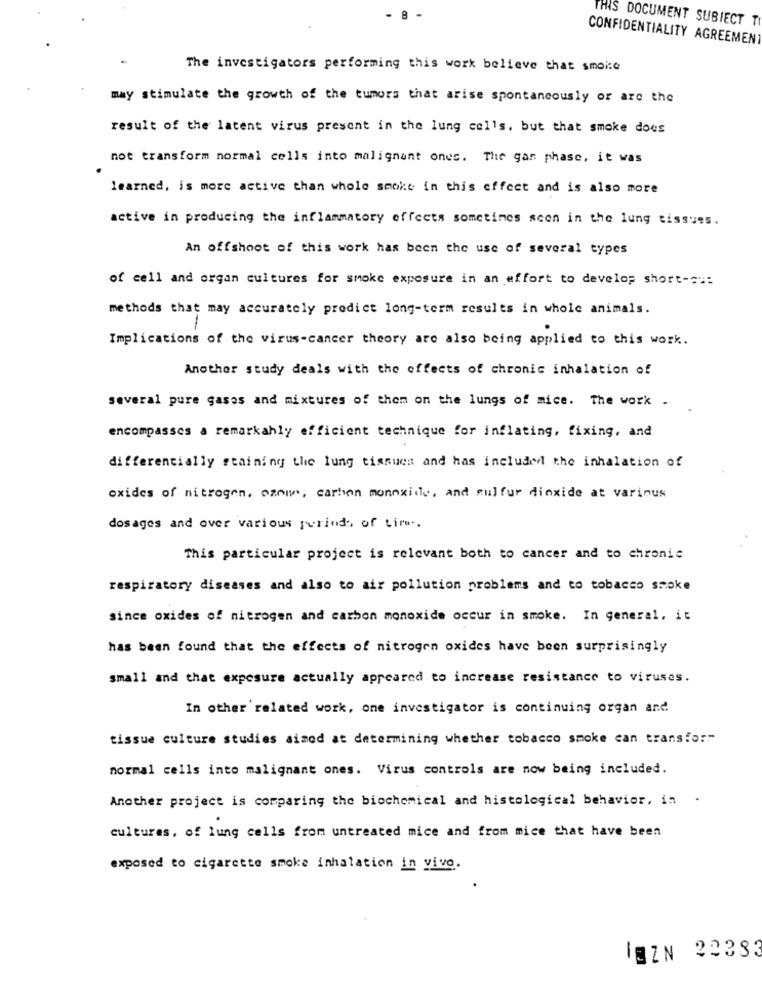
- 8 -
THIS DOCUMENT SUBIECT TI
CONFIDENTIALITY AGREEMENT
The investigators performing this work believe that smoi:e
may stimulate the growth of the tumors that arise spontaneously or are the
result of the latent virus present in the lung cells, but that smoke does
not transform normal cells into malignant ones. The gan phase, it was
learned, is more active than whole smoke in this effect and is also more
active in producing the inflammatory effects sometimes scon in the lung tissues.
An offshoot of this work has been the use of several types
of cell and organ cultures for smoke exposure in an effort to develop short-c .:
methods that may accurately predict long-term results in whole animals.
Implications of the virus-cancer theory are also being applied to this work.
Another study deals with the effects of chronic inhalation of
several pure gases and mixtures of them on the lungs of mice. The work .
encompasses a remarkably efficient technique for inflating, fixing, and
differentially staining the lung tissues and has included the inhalation of
oxides of nitrogen, ozni, carbon monoxide, and sulfur dioxide at various
dosages and over various perinds, of tir ..
This particular project is relevant both to cancer and to chronie
respiratory diseases and also to air pollution problems and to tobacco smoke
since oxides of nitrogen and carbon monoxide occur in smoke. In general, it
has been found that the effects of nitrogen oxides have been surprisingly
small and that exposure actually appeared to increase resistance to viruses.
In other related work, one investigator is continuing organ and
tissue culture studies aimed at determining whether tobacco smoke can transfor-
normal cells into malignant ones. Virus controls are now being included.
Another project is comparing the biochemical and histological behavior, in
cultures, of lung cells from untreated mice and from mice that have been
exposed to cigarette smoke inhalation in vivo.
IBZN 22333